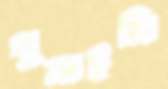
ঘুমাইনি